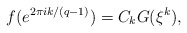
\begin{align*}f(e^{2\pi ik/(q-1)})=C_kG(\xi^k),\end{align*}